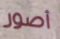
أصور